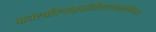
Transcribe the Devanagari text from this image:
पादोस्यविश्वाभूतानित्रिपादस्यामृतन्दिवि॥३॥